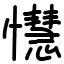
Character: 懳